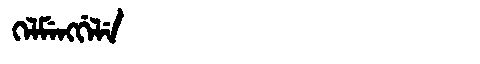
Manchu: ᡴᡝᠯᠮᡝᠩᡤᡝᠯᡝ
Romanization: KELMENGGELE